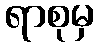
ရာစုမှ